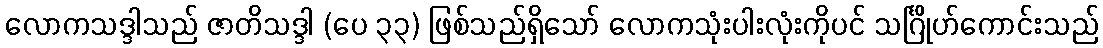
လောကသဒ္ဒါသည် ဇာတိသဒ္ဒါ (ပေ ၃၃) ဖြစ်သည်ရှိသော် လောကသုံးပါးလုံးကိုပင် သင်္ဂြိုဟ်ကောင်းသည်